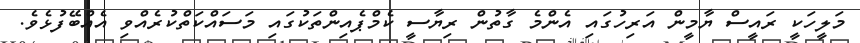
މަލީހަކީ ރައީސް ޔާމީން އަރިހުގައި އެންމެ ގާތުން ރިޔާސީ ކެމްޕެއިންތަކުގައި މަސައްކަތްކުރެއްވި އެއްބޭފުޅެވެ.